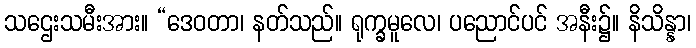
သဌေးသမီးအား။ “ဒေဝတာ၊ နတ်သည်။ ရုက္ခမူလေ၊ ပညောင်ပင် အနီး၌။ နိသိန္နာ၊